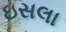
ઇસલા